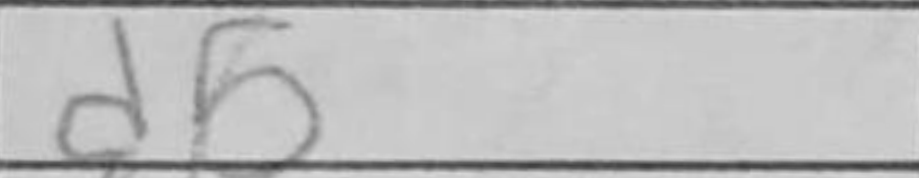
Transcription: d5